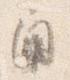
角